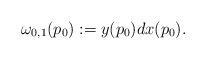
LaTeX: \begin{align*} \omega_{0,1}(p_0):=y(p_0)dx(p_0).\end{align*}